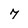
Character: 7